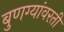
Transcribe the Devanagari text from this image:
बुणग्यांवरती